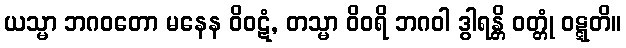
ယသ္မာ ဘဂဝတော မနေန ဝိဝဋံ, တသ္မာ ဝိဝရိ ဘဂဝါ ဒွါရန္တိ ဝတ္တုံ ဝဋ္ဋတိ။